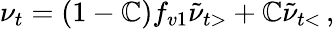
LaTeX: \nu_{t}=(1-\mathbb{C})f_{v1}\tilde{{\nu}}_{t>}+\mathbb{C}\tilde{{\nu}}_{t<}\, ,